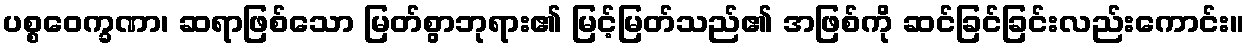
ပစ္စဝေက္ခဏာ၊ ဆရာဖြစ်သော မြတ်စွာဘုရား၏ မြင့်မြတ်သည်၏ အဖြစ်ကို ဆင်ခြင်ခြင်းလည်းကောင်း။